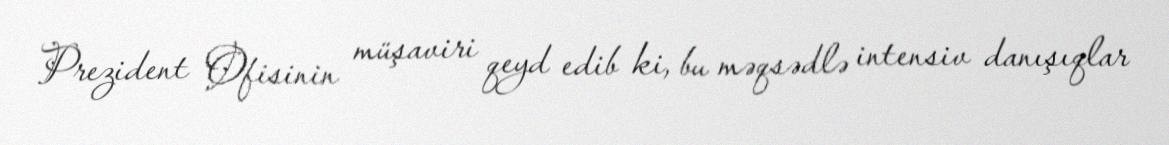
Prezident Ofisinin müşaviri qeyd edib ki, bu məqsədlə intensiv danışıqlar